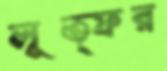
লূত্ফর